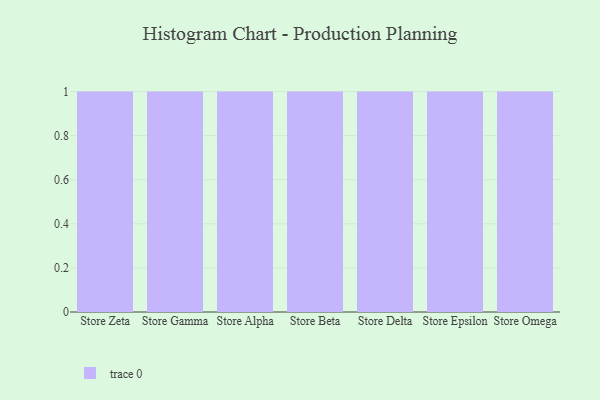
{"axis": {"x": "Store", "y": "Conversion Rate (%)"}, "legend": [""], "data": [{"x": "Store Zeta", "y": 41, "type": ""}, {"x": "Store Gamma", "y": 64, "type": ""}, {"x": "Store Alpha", "y": 48, "type": ""}, {"x": "Store Beta", "y": 64, "type": ""}, {"x": "Store Delta", "y": 49, "type": ""}, {"x": "Store Epsilon", "y": 10, "type": ""}, {"x": "Store Omega", "y": 91, "type": ""}]}